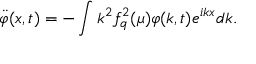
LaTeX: \ddot { \varphi } ( x , t ) = - \int k ^ { 2 } f _ { q } ^ { 2 } ( \mu ) \varphi ( k , t ) e ^ { i k x } d k .